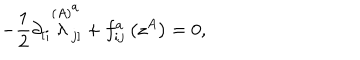
LaTeX: - \frac { 1 } { 2 } \partial _ { \left[ i \right. } \stackrel { ( A ) } { \lambda } _ { \left. j \right] } ^ { a } + f _ { i j } ^ { a } \left( z ^ { A } \right) = 0 ,